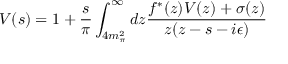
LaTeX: V ( s ) = 1 + \frac { s } { \pi } \int _ { 4 m _ { \pi } ^ { 2 } } ^ { \infty } d z \frac { f ^ { * } ( z ) V ( z ) + \sigma ( z ) } { z ( z - s - i \epsilon ) }